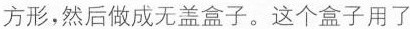
方形，然后做成无盖盒子。这个盒子用了